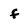
Character: f